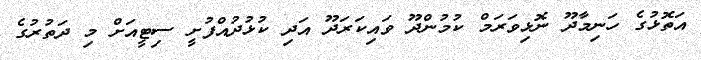
އަތޮޅުގެ ހަނިމާދޫ ނޮޅިވަރަމް ކުމުންދޫ ވައިކަރަދޫ އަދި ކުޅުދުއްފުށީ ސިޓީއަށް މި ދަތުރުގެ